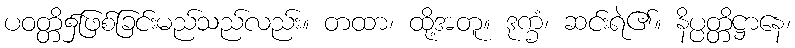
ပဝတ္တိ၌ဖြစ်ခြင်းမည်သည်လည်း။ တထာ၊ ထို့အတူ။ ဒုက္ခံ၊ ဆင်းရဲ၏။ နိပ္ပတ္တိဋ္ဌာနေ၊